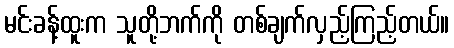
မင်းခန့်ထူးက သူတို့ဘက်ကို တစ်ချက်လှည့်ကြည့်တယ်။